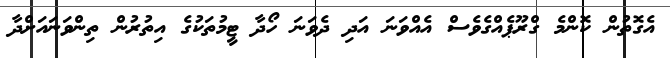
އެގޮތުން ކޮންމެ ގްރޫޕެއްގެވެސް އެއްވަނަ އަދި ދެވަނަ ހޯދާ ޓީމުތަކުގެ އިތުރުން ތިންވަނައަށްދާ